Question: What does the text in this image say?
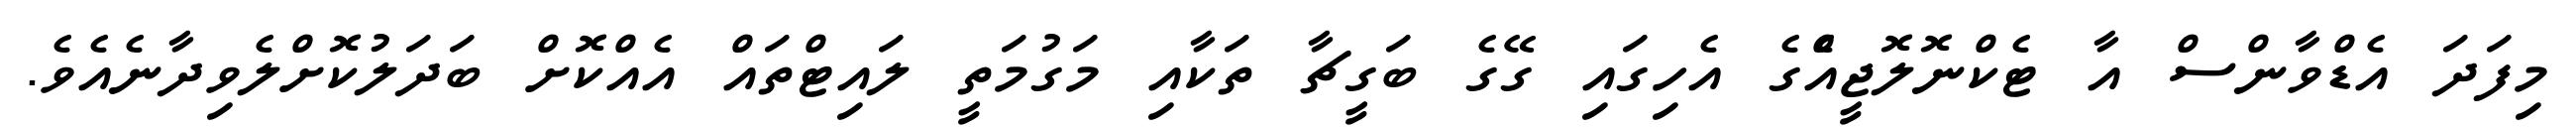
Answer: މިފަދަ އެޑްވާންސް އާ ޓެކްނޮލޮޖީއެްގެ އެހިގައި ގޭގެ ބަގީޗާ ތަކާއި މަގުމަތީ ލައިޓްތައް އެއްކޮށް ބަދަލުކޮށްލެވިދާނެއެވެ.